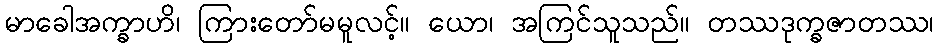
မာခေါအက္ခာဟိ၊ ကြားတော်မမူလင့်။ ယော၊ အကြင်သူသည်။ တဿဒုက္ခဇာတဿ၊